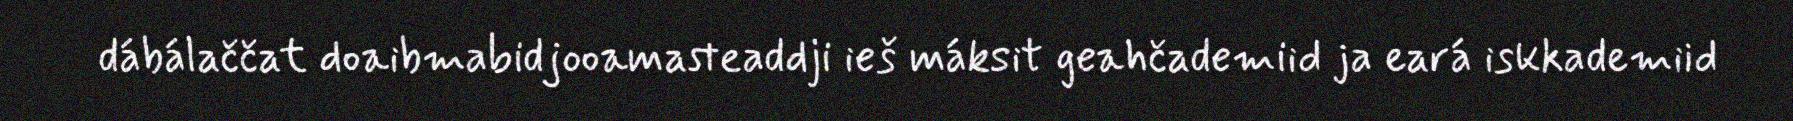
dábálaččat doaibmabidjooamasteaddji ieš máksit geahčademiid ja eará iskkademiid